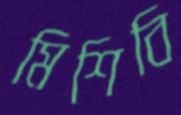
মিশিবি